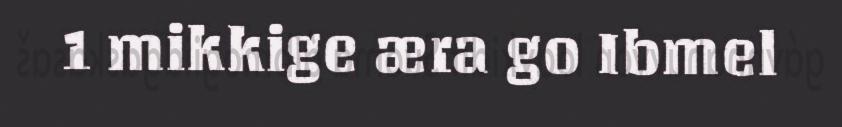
1 mikkige æra go Ibmel